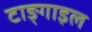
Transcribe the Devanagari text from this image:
टाङ्गाइल